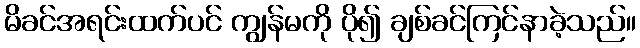
မိခင်အရင်းထက်ပင် ကျွန်မကို ပို၍ ချစ်ခင်ကြင်နာခဲ့သည်။